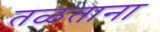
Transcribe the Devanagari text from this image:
तळताना